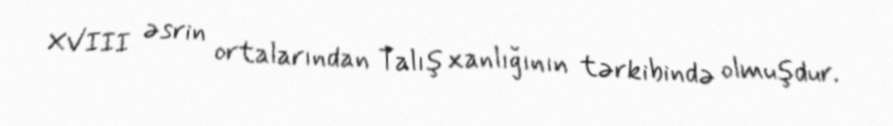
XVIII əsrin ortalarından Talış xanlığının tərkibində olmuşdur.